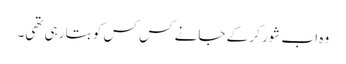
وہ اب شور کر کے جانے کس کس کو بتا رہی تھی۔